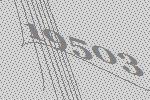
19503